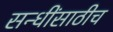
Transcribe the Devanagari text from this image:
सन्धींसाठीच